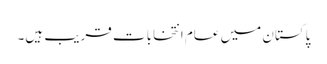
پاکستان میں عام انتخابات قریب ہیں۔